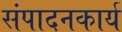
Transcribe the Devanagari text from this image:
संपादनकार्य